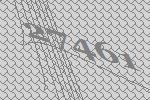
27461